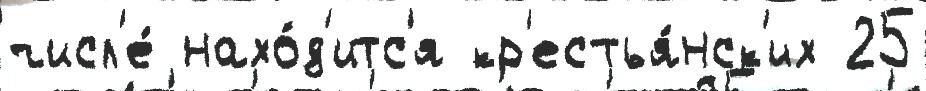
числ'е́ нахо́д'итс'я кр'естья́нск'их 25